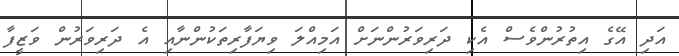
އަދި އޭގެ އިތުރުންވެސް އެކި ދަރިވަރުންނަށް އަމިއްލަ ވިޔަފާރިތަކުންނާއި އެ ދަރިވަރުން ވަޒީފާ